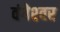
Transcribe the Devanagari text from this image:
वंगेश्‍वर